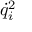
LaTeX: { { \dot { q } } _ { i } } ^ { 2 }